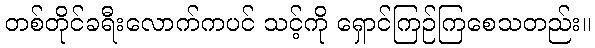
တစ်တိုင်ခရီးလောက်ကပင် သင့်ကို ရှောင်ကြဉ်ကြစေသတည်း။